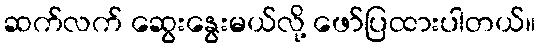
ဆက်လက် ဆွေးနွေးမယ်လို့ ဖော်ပြထားပါတယ်။